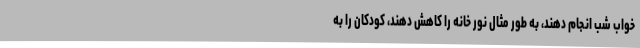
خواب شب انجام دهند، به طور مثال نور خانه را کاهش دهند، کودکان را به